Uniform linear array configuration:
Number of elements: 16
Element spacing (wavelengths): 0.5
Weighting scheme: exponential
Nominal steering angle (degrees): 60
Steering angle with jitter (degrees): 60.75
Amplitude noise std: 0.05
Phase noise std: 0.05

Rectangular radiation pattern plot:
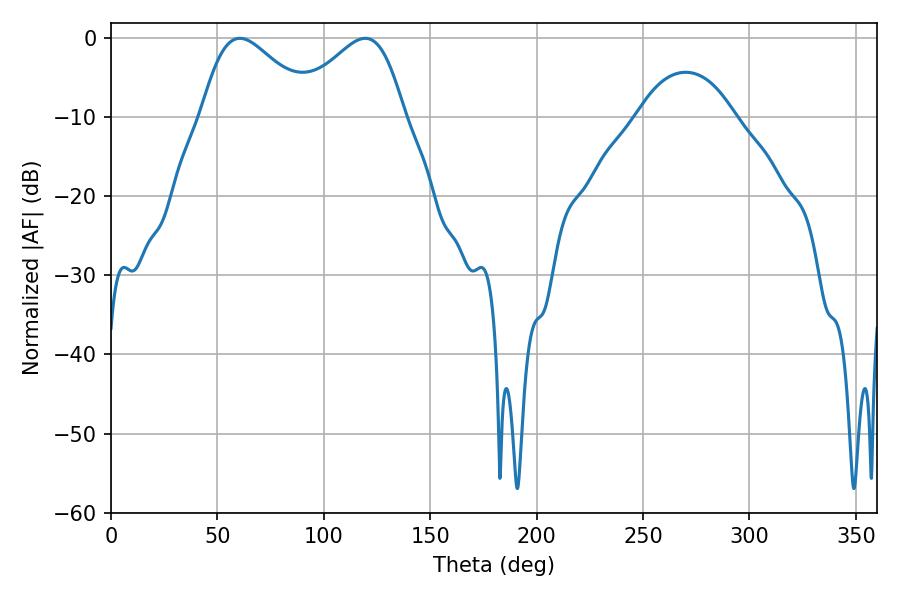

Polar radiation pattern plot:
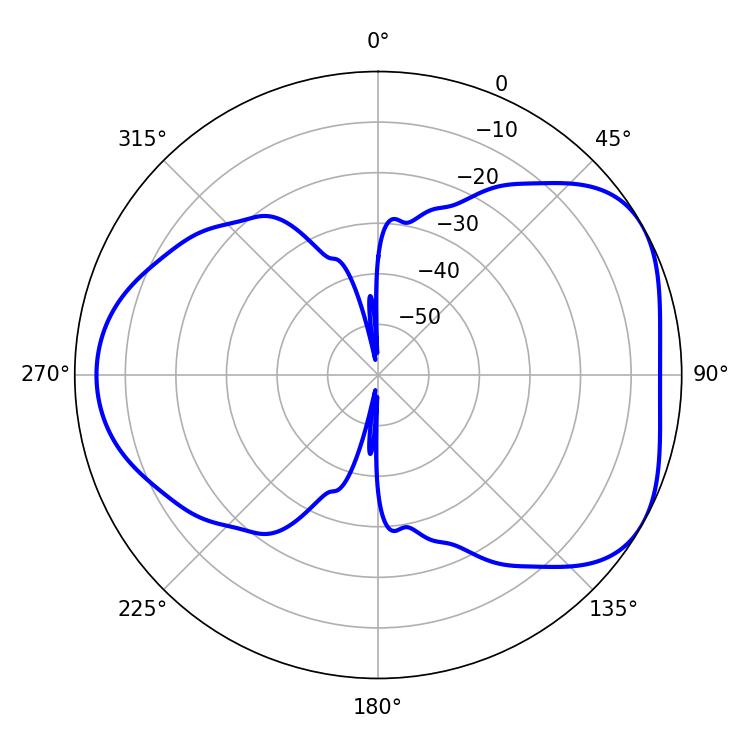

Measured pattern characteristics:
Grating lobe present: FALSE
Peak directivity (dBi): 4.681
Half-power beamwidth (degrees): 27.9
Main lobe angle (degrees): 60.48